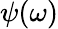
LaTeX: \psi(\omega)